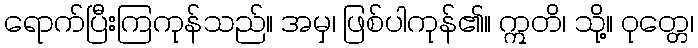
ရောက်ပြီးကြကုန်သည်။ အမှ၊ ဖြစ်ပါကုန်၏။ ဣတိ၊ သို့။ ဝုတ္တေ၊